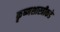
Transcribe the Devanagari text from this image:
कृष्णशास्त्रीकडे